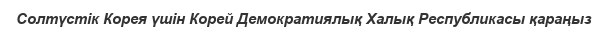
Солтүстік Корея үшін Корей Демократиялық Халық Республикасы қараңыз